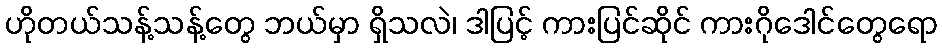
ဟိုတယ်သန့်သန့်တွေ ဘယ်မှာ ရှိသလဲ၊ ဒါပြင့် ကားပြင်ဆိုင် ကားဂိုဒေါင်တွေရော